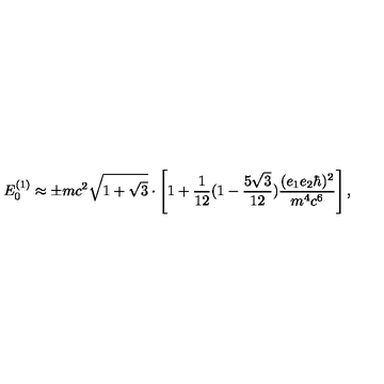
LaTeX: E _ { 0 } ^ { ( 1 ) } \approx \pm m c ^ { 2 } \sqrt { 1 + \sqrt { 3 } } \cdot \left[ 1 + \frac { 1 } { 1 2 } ( 1 - \frac { 5 \sqrt { 3 } } { 1 2 } ) \frac { ( e _ { 1 } e _ { 2 } { \hbar } ) ^ { 2 } } { m ^ { 4 } c ^ { 6 } } \right] ,